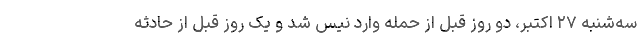
سه‌شنبه ۲۷ اکتبر، دو روز قبل از حمله وارد نیس شد و یک روز قبل از حادثه